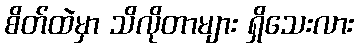
စိတ်ထဲမှာ သိလိုတာများ ရှိသေးလား